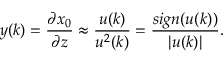
y ( k ) = \frac { \partial x _ { 0 } } { \partial z } \approx \frac { u ( k ) } { u ^ { 2 } ( k ) } = \frac { s i g n ( u ( k ) ) } { | u ( k ) | } .